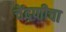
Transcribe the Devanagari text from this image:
चेंदणीचा